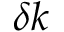
\delta \boldsymbol { k }